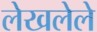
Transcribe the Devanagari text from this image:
लेखलेले